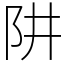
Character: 阱